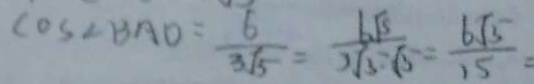
\cos \angle B A D = \frac { 6 } { 3 \sqrt { 5 } } = \frac { 6 \sqrt { 3 } } { 3 \sqrt { 5 } \times \sqrt { 5 } } = \frac { 6 \sqrt { 5 } } { 1 5 } =